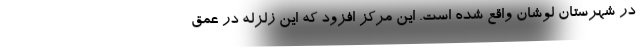
در شهرستان لوشان واقع شده است. این مرکز افزود که این زلزله در عمق